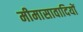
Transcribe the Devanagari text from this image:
मीमासावादियों